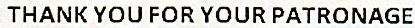
THANK YOU FOR YOUR PATRONAGE